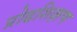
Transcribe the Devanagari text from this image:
प्रोढशिक्षण